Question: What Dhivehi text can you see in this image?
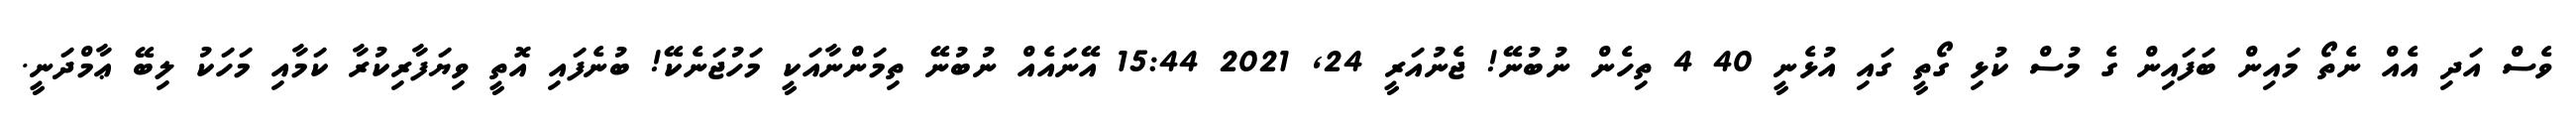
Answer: ވެސް އަދި އެއް ނެތޯ މައިން ބަފައިން ގެ މުސް ކުޅި ގޯތީ ގައި އުޅެނީ 40 4 ތިހެން ނުބުނޭ! ޖެނުއަރީ 24, 2021 15:44 އޭނައެއް ނުބުނޭ ތިމަންނާއަކީ މަހުޖަނެކޭ! ބުނެފައި އޮތީ ވިޔަފާރިކުރާ ކަމާއި މަހަކު ލިބޭ ޢާމްދަނީ.